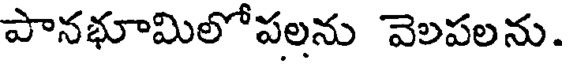
పానభూమిలోపలను వెలపలను.